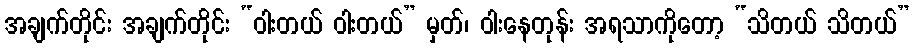
အချက်တိုင်း အချက်တိုင်း “ဝါးတယ် ဝါးတယ်” မှတ်၊ ဝါးနေတုန်း အရသာကိုတော့ “သိတယ် သိတယ်”